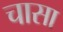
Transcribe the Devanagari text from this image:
चासा